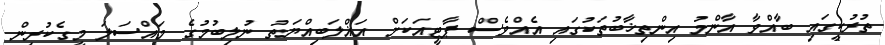
ތުރުކީގައި ބާއްވާ އާންމު އިންތިޚާބުތަކުގައި އެއްވެސް ޕާޓީއަކަށް އަޣްލަބިއްޔަތު ނުލިބުމުގެ މައްސަލަ މީގެކުރިން